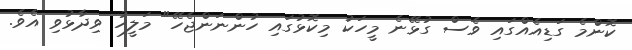
ކޮންމެ ގަޑިއެއްގައި ވެސް ގުޅޭނެ މީހަކު މިކޮޅުގައި ހުންނަންޖެހޭ" މަލީހު ވިދާޅުވި އެވެ.